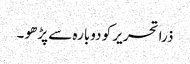
ذرا تحریر کو دوبارہ سے پڑھو ۔